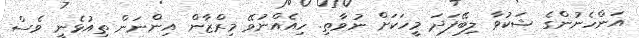
އަންހެނުންގެ ޝަކުވާ ލިބޭފަދަ މީހަކަށް ނުވާތި. ހިއެއްނުވޭ މިރްޒާން އިންނަން ތިއުޅެނީ ވެސް